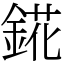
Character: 錵